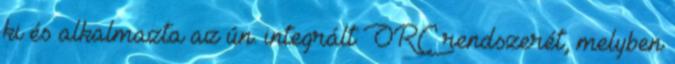
ki és alkalmazta az ún. integrált ORC rendszerét, melyben